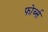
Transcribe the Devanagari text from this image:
फोर्ब्स